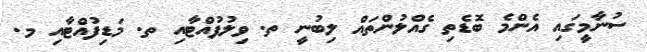
ސުނާމީގައި އެންމެ ބޮޑެތި ގެއްލުންތައް ލިބުނީ ތ. ވިލުފުއްޓާއި ތ. މަޑިފުއްޓާއި މ.